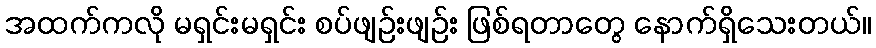
အထက်ကလို မရှင်းမရှင်း စပ်ဖျဉ်းဖျဉ်း ဖြစ်ရတာတွေ နောက်ရှိသေးတယ်။